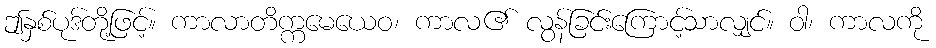
ဤနှစ်ပုဒ်တို့ဖြင့်။ ကာလာတိက္ကမေယေဝ၊ ကာလ၏ လွန်ခြင်းကြောင့်သာလျှင်။ ဝါ၊ ကာလကို